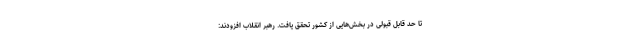
تا حدّ قابل قبولی در بخش‌هایی از کشور تحقق یافت. رهبر انقلاب افزودند: